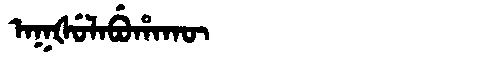
Manchu: ᠠᡴᡧᡠᠯᠠᠪᡠᡥᠠᡴᡡ
Romanization: AKŠULABUHAKŪ